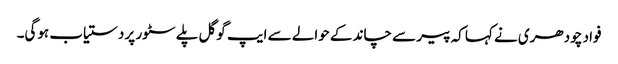
فواد چودھری نے کہا کہ پیر سے چاند کے حوالے سے ایپ گوگل پلے سٹور پر دستیاب ہوگی۔